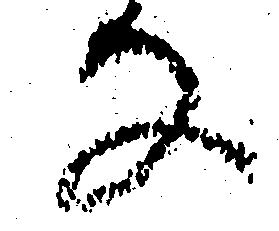
な